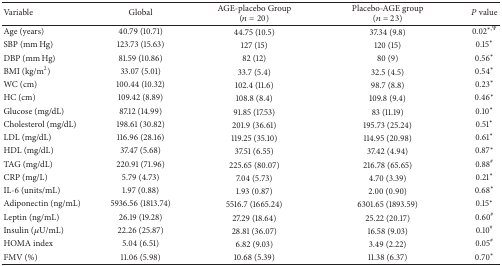
<table><thead><tr><td><b>Variable</b></td><td><b>Global</b></td><td><b>AGE-placebo Group (<i>n</i> = 20)</b></td><td><b>Placebo-AGE group (<i>n</i> = 23)</b></td><td><b><i>P</i> value</b></td></tr></thead><tbody><tr><td>Age (years) </td><td>40.79 (10.71)</td><td>44.75 (10.5)</td><td>37.34 (9.8)</td><td>0.02<sup>∗,Ψ</sup></td></tr><tr><td>SBP (mm Hg)</td><td>123.73 (15.63)</td><td>127 (15)</td><td>120 (15)</td><td>0.15*</td></tr><tr><td>DBP (mm Hg)</td><td>81.59 (10.86)</td><td>82 (12)</td><td>80 (9)</td><td>0.56*</td></tr><tr><td>BMI (kg/m<sup>2</sup>)</td><td>33.07 (5.01)</td><td>33.7 (5.4)</td><td>32.5 (4.5)</td><td>0.54*</td></tr><tr><td>WC (cm)</td><td>100.44 (10.32)</td><td>102.4 (11.6)</td><td>98.7 (8.8)</td><td>0.23*</td></tr><tr><td>HC (cm)</td><td>109.42 (8.89)</td><td>108.8 (8.4)</td><td>109.8 (9.4)</td><td>0.46*</td></tr><tr><td>Glucose (mg/dL)</td><td>87.12 (14.99)</td><td>91.85 (17.53)</td><td>83 (11.19)</td><td>0.10*</td></tr><tr><td>Cholesterol (mg/dL)</td><td>198.61 (30.82)</td><td>201.9 (36.61)</td><td>195.73 (25.24)</td><td>0.51*</td></tr><tr><td>LDL (mg/dL)</td><td>116.96 (28.16)</td><td>119.25 (35.10)</td><td>114.95 (20.98)</td><td>0.61*</td></tr><tr><td>HDL (mg/dL)</td><td>37.47 (5.68)</td><td>37.51 (6.55)</td><td>37.42 (4.94)</td><td>0.87*</td></tr><tr><td>TAG (mg/dL)</td><td>220.91 (71.96)</td><td>225.65 (80.07)</td><td>216.78 (65.65)</td><td>0.88<sup>#</sup></td></tr><tr><td>CRP (mg/L)</td><td>5.79 (4.73)</td><td>7.04 (5.73)</td><td>4.70 (3.39)</td><td>0.21*</td></tr><tr><td>IL-6 (units/mL)</td><td>1.97 (0.88)</td><td>1.93 (0.87)</td><td>2.00 (0.90)</td><td>0.68*</td></tr><tr><td>Adiponectin (ng/mL)</td><td>5936.56 (1813.74)</td><td>5516.7 (1665.24)</td><td>6301.65 (1893.59)</td><td>0.15*</td></tr><tr><td>Leptin (ng/mL)</td><td>26.19 (19.28)</td><td>27.29 (18.64)</td><td>25.22 (20.17)</td><td>0.60<sup>#</sup></td></tr><tr><td>Insulin (<i>μ</i>U/mL)</td><td>22.26 (25.87)</td><td>28.81 (36.07)</td><td>16.58 (9.03)</td><td>0.10<sup>#</sup></td></tr><tr><td>HOMA index</td><td>5.04 (6.51)</td><td>6.82 (9.03)</td><td>3.49 (2.22)</td><td>0.05<sup>#</sup></td></tr><tr><td>FMV (%)</td><td>11.06 (5.98)</td><td>10.68 (5.39)</td><td>11.38 (6.37)</td><td>0.70*</td></tr></tbody></table>